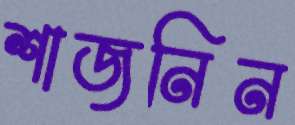
শাজনিন